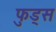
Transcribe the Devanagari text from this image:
फुड्स